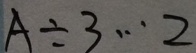
A \div 3 \cdots 2